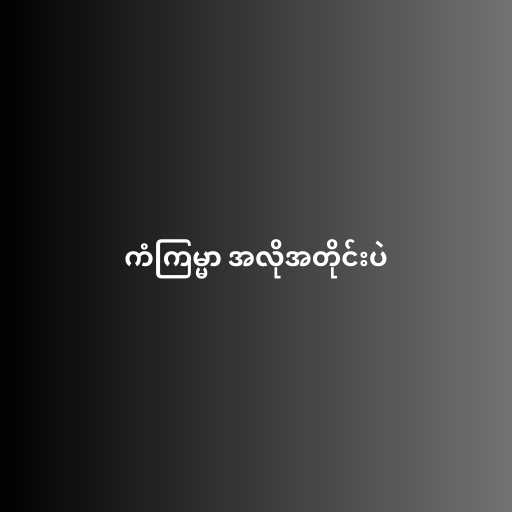
ကံကြမ္မာ အလိုအတိုင်းပဲ